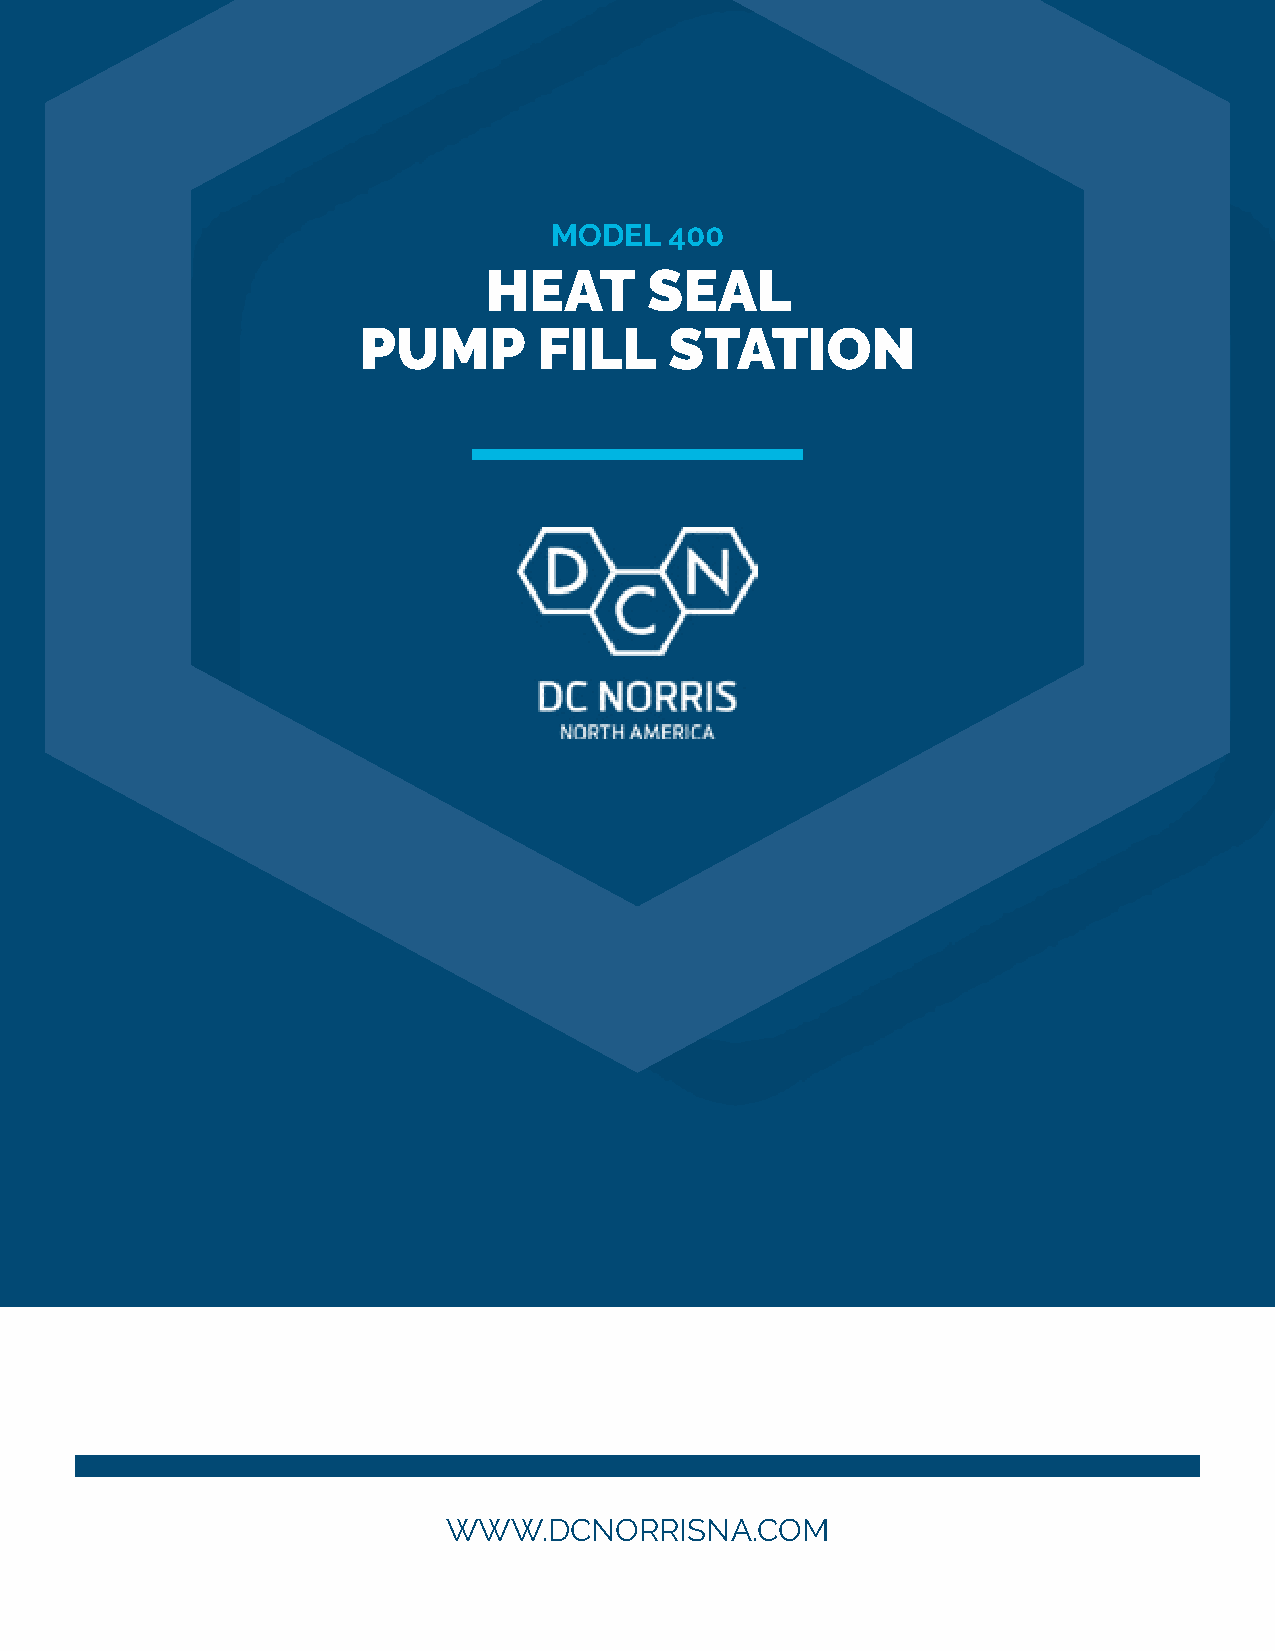
MODEL   400
 HEAT       SEAL
 PUMP        FILL    STATION
 WWW.DCNORRISNA.COM